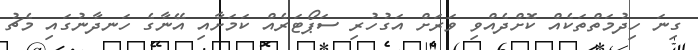
ގިނަ ހިދުމަތްތަކެއް ކޮށްދެއްވި ވަރަށް އަގުހުރި ސަޕޯޓަރެއް ކަމަށާއި އޭނާގެ ހަނދާނުގައި މެޗު